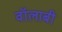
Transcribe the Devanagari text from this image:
वॉलाबी